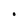
Character: O